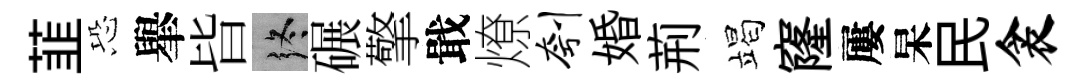
韮恐𦦙𣅜终碾擎戢燎刳婚荊竭窿屢杲民衾